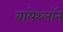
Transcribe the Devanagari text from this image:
बायेथ्लॉन